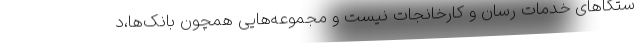
ستگاهای خدمات رسان و کارخانجات نیست و مجموعه‌هایی همچون بانک‌ها،د